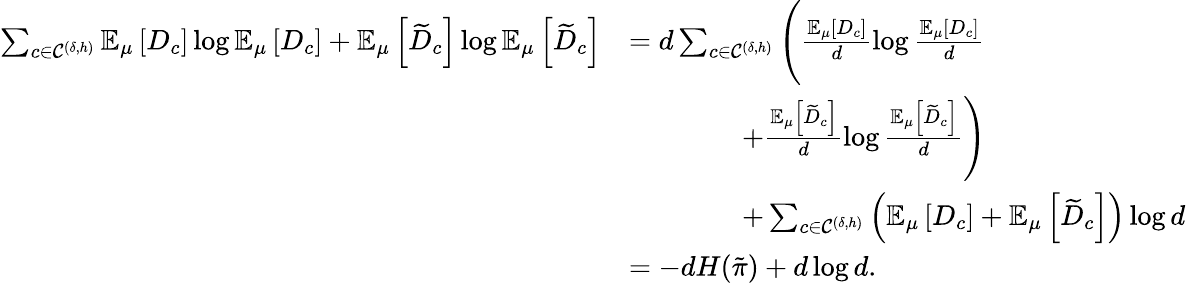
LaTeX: \begin{array}{rl}{\sum_{c\in\mathcal{C}^{(\delta,h)}}\mathbb{E}_{\mu}\left[D_{c}\right]\log\mathbb{E}_{\mu}\left[D_{c}\right]+\mathbb{E}_{\mu}\left[\widetilde{D}_{c}\right]\log\mathbb{E}_{\mu}\left[\widetilde{D}_{c}\right]}&{=d\sum_{c\in\mathcal{C}^{(\delta,h)}}\Bigg(\frac{\mathbb{E}_{\mu}\left[D_{c}\right]}{d}\log\frac{\mathbb{E}_{\mu}\left[D_{c}\right]}{d}}\\ &{\qquad\qquad+\frac{\mathbb{E}_{\mu}\left[\widetilde{D}_{c}\right]}{d}\log\frac{\mathbb{E}_{\mu}\left[\widetilde{D}_{c}\right]}{d}\Bigg)}\\ &{\qquad\qquad+\sum_{c\in\mathcal{C}^{(\delta,h)}}\left(\mathbb{E}_{\mu}\left[D_{c}\right]+\mathbb{E}_{\mu}\left[\widetilde{D}_{c}\right]\right)\log d}\\ &{=-dH(\tilde{\pi})+d\log d.}\end{array}